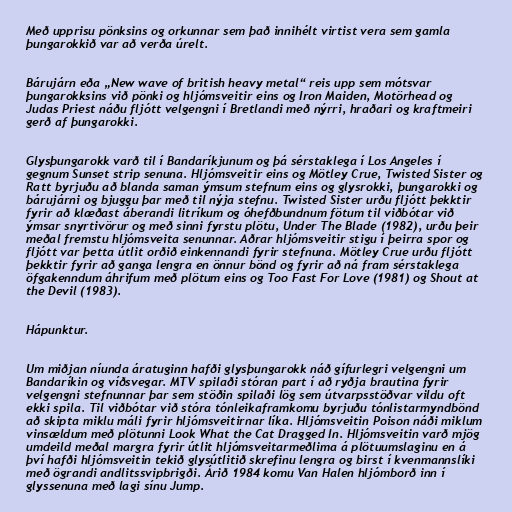
Með upprisu pönksins og orkunnar sem það innihélt virtist vera sem gamla
þungarokkið var að verða úrelt.

Bárujárn eða „New wave of british heavy metal“ reis upp sem mótsvar
þungarokksins við pönki og hljómsveitir eins og Iron Maiden, Motörhead og
Judas Priest náðu fljótt velgengni í Bretlandi með nýrri, hraðari og kraftmeiri
gerð af þungarokki.

Glysþungarokk varð til í Bandaríkjunum og þá sérstaklega í Los Angeles í
gegnum Sunset strip senuna. Hljómsveitir eins og Mötley Crue, Twisted Sister og
Ratt byrjuðu að blanda saman ýmsum stefnum eins og glysrokki, þungarokki og
bárujárni og bjuggu þar með til nýja stefnu. Twisted Sister urðu fljótt þekktir
fyrir að klæðast áberandi litríkum og óhefðbundnum fötum til viðbótar við
ýmsar snyrtivörur og með sinni fyrstu plötu, Under The Blade (1982), urðu þeir
meðal fremstu hljómsveita senunnar. Aðrar hljómsveitir stigu í þeirra spor og
fljótt var þetta útlit orðið einkennandi fyrir stefnuna. Mötley Crue urðu fljótt
þekktir fyrir að ganga lengra en önnur bönd og fyrir að ná fram sérstaklega
öfgakenndum áhrifum með plötum eins og Too Fast For Love (1981) og Shout at
the Devil (1983).

Hápunktur.

Um miðjan níunda áratuginn hafði glysþungarokk náð gífurlegri velgengni um
Bandaríkin og víðsvegar. MTV spilaði stóran part í að ryðja brautina fyrir
velgengni stefnunnar þar sem stöðin spilaði lög sem útvarpsstöðvar vildu oft
ekki spila. Til viðbótar við stóra tónleikaframkomu byrjuðu tónlistarmyndbönd
að skipta miklu máli fyrir hljómsveitirnar líka. Hljómsveitin Poison náði miklum
vinsældum með plötunni Look What the Cat Dragged In. Hljómsveitin varð mjög
umdeild meðal margra fyrir útlit hljómsveitarmeðlima á plötuumslaginu en á
því hafði hljómsveitin tekið glysútlitið skrefinu lengra og birst í kvenmannslíki
með ögrandi andlitssvipbrigði. Árið 1984 komu Van Halen hljómborð inn í
glyssenuna með lagi sínu Jump.